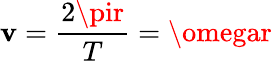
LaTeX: \mathbf{v}={\frac{{2\pir}}{{T}}}=\omegar